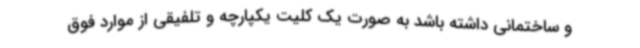
و ساختمانی داشته باشد به صورت یک کلیت یکپارچه و تلفیقی از موارد فوق